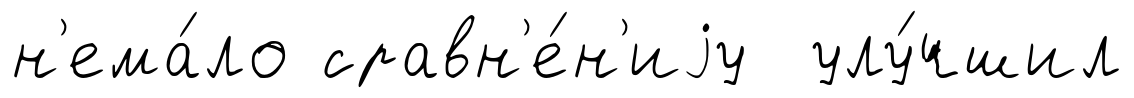
н'ема́ло сравн'е́н'иjу улу́чшил